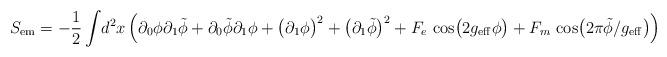
LaTeX: \begin{align*}S_{\rm em} = -{1\over 2}\int\! d^2x\,\Bigl( \partial_0\phi\partial_1\tilde\phi +\partial_0\tilde\phi\partial_1\phi +\bigl( \partial_1\phi\bigr)^2 + \bigl( \partial_1\tilde\phi\bigr)^2+ F_e\, \cos \bigl( 2g_{\rm eff}\phi\bigr) + F_m\,\cos\bigl( 2\pi\tilde\phi /g_{\rm eff}\bigr)\Bigr)\end{align*}